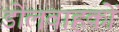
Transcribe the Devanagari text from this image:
डोलवाहकों